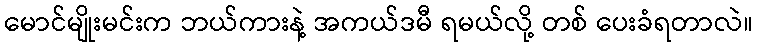
မောင်မျိုးမင်းက ဘယ်ကားနဲ့ အကယ်ဒမီ ရမယ်လို့ တစ် ပေးခံရတာလဲ။